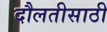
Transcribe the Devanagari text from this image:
दौलतीसाठी